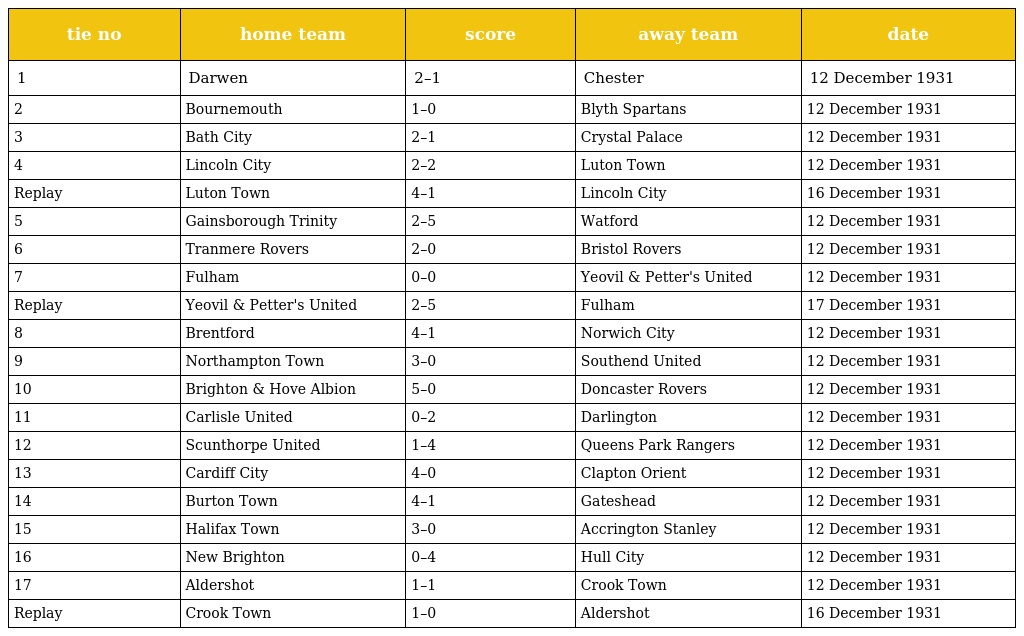
| tie no | home team | score | away team | date |
 | --- | --- | --- | --- | --- |
 | 1 | Darwen | 2–1 | Chester | 12 December 1931 |
 | 2 | Bournemouth | 1–0 | Blyth Spartans | 12 December 1931 |
 | 3 | Bath City | 2–1 | Crystal Palace | 12 December 1931 |
 | 4 | Lincoln City | 2–2 | Luton Town | 12 December 1931 |
 | Replay | Luton Town | 4–1 | Lincoln City | 16 December 1931 |
 | 5 | Gainsborough Trinity | 2–5 | Watford | 12 December 1931 |
 | 6 | Tranmere Rovers | 2–0 | Bristol Rovers | 12 December 1931 |
 | 7 | Fulham | 0–0 | Yeovil & Petter's United | 12 December 1931 |
 | Replay | Yeovil & Petter's United | 2–5 | Fulham | 17 December 1931 |
 | 8 | Brentford | 4–1 | Norwich City | 12 December 1931 |
 | 9 | Northampton Town | 3–0 | Southend United | 12 December 1931 |
 | 10 | Brighton & Hove Albion | 5–0 | Doncaster Rovers | 12 December 1931 |
 | 11 | Carlisle United | 0–2 | Darlington | 12 December 1931 |
 | 12 | Scunthorpe United | 1–4 | Queens Park Rangers | 12 December 1931 |
 | 13 | Cardiff City | 4–0 | Clapton Orient | 12 December 1931 |
 | 14 | Burton Town | 4–1 | Gateshead | 12 December 1931 |
 | 15 | Halifax Town | 3–0 | Accrington Stanley | 12 December 1931 |
 | 16 | New Brighton | 0–4 | Hull City | 12 December 1931 |
 | 17 | Aldershot | 1–1 | Crook Town | 12 December 1931 |
 | Replay | Crook Town | 1–0 | Aldershot | 16 December 1931 |